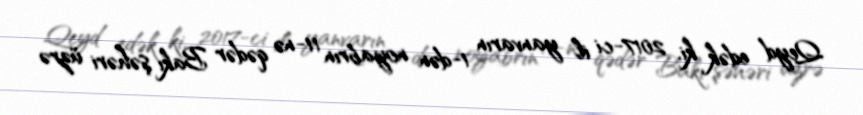
Qeyd edək ki, 2017-ci il yanvarın 1-dən noyabrın 11-nə qədər Bakı şəhəri üzrə